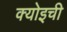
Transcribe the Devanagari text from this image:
क्योइची